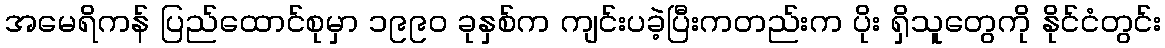
အမေရိကန် ပြည်ထောင်စုမှာ ၁၉၉၀ ခုနှစ်က ကျင်းပခဲ့ပြီးကတည်းက ပိုး ရှိသူတွေကို နိုင်ငံတွင်း